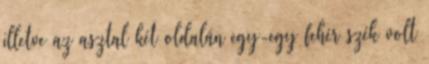
illetve az asztal két oldalán egy-egy fehér szék volt